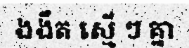
ងងឹត ស្មើ ៗ គ្នា